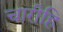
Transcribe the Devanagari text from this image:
चारीहि